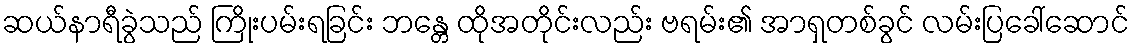
ဆယ်နာရီခွဲသည် ကြိုးပမ်းရခြင်း ဘန္တေ ထိုအတိုင်းလည်း ဗရမ်း၏ အာရှတစ်ခွင် လမ်းပြခေါ်ဆောင်